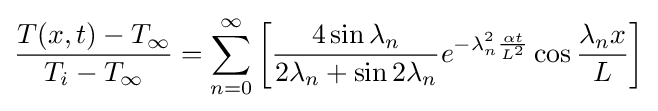
{\frac {T(x,t)-T_{\infty }}{T_{i}-T_{\infty }}}=\sum _{n=0}^{\infty }{\left[{\frac {4\sin {\lambda _{n}}}{2\lambda _{n}+\sin {2\lambda _{n}}}}e^{-\lambda _{n}^{2}{\frac {\alpha t}{L^{2}}}}\cos {\frac {\lambda _{n}x}{L}}\right]}